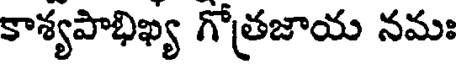
కాశ్యపాభిఖ్య గోత్రజాయ నమః